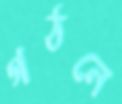
গঠনে